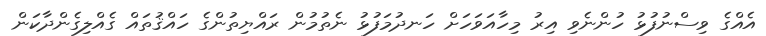
އެއްގެ ވިސްނުފުޅު ހުންނެވި އިރު މިހާއަވަހަށް ހަނދުމަފުޅު ނެތުމުން ރައްޔިތުންގެ ހައްޤުތައް ގެއްލިގެންދާކަން